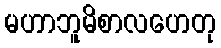
မဟာဘူမိစာလဟေတု